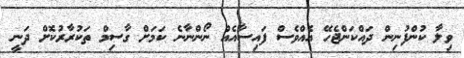
ވިލާ ކުންފުނިން ދައްކަންޖެހޭ އެއްވެސް ފައިސާއެއް ނޯންނާނެ ކަމަށް ގާސިމް ތަކުރާރުކޮށް ދަނީ